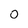
Character: O